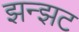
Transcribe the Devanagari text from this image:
झन्झट